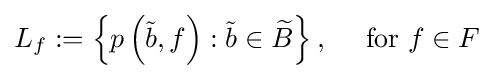
L_{f}:=\left\{p\left({\tilde {b}},f\right):{\tilde {b}}\in {\widetilde {B}}\right\},\quad {\mbox{ for }}f\in F